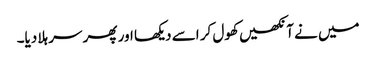
میں نے آنکھیں کھول کر اسے دیکھا اور پھر سر ہلا دیا۔